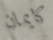
كايمان